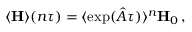
\langle { \bf H } \rangle ( n \tau ) = \langle \exp ( { \hat { A } } \tau ) \rangle ^ { n } { \bf H } _ { 0 } \, ,